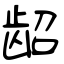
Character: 龆